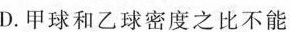
D. 甲球和乙球密度之比不能